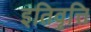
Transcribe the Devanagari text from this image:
इतिवृत्ति